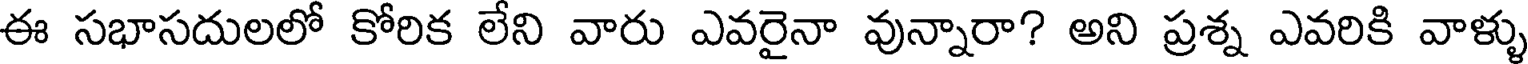
ఈ సభాసదులలో కోరిక లేని వారు ఎవరైనా వున్నారా? అని ప్రశ్న ఎవరికి వాళ్ళు